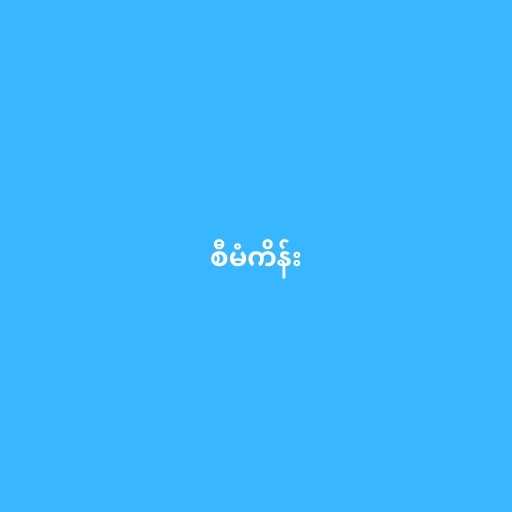
စီမံကိန်း